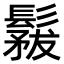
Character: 𩮤